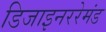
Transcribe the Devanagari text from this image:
डिजाइनररेमंड